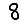
Digit: 8